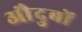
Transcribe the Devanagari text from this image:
औदुबों